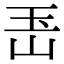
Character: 𤣶